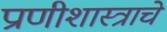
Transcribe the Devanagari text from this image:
प्राणीशास्त्राचे